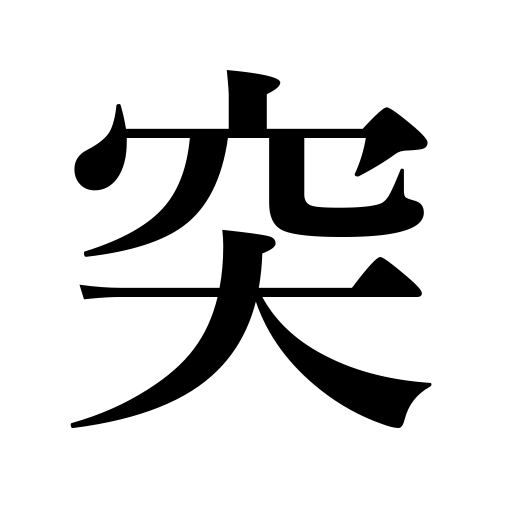
Meanings: lunge at,gore,spear,attack,be pungent,strike at the heart,pierce,strike a bell,strike against,words rush to one's lips,prick,protruding,stab,brave a storm,thrust,poke,push,thrusting